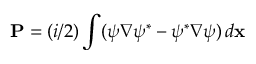
{ \bf P } = ( i / 2 ) \int ( \psi \nabla \psi ^ { * } - \psi ^ { * } \nabla \psi ) \, d { \bf x }